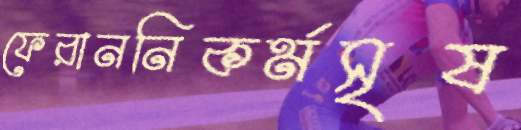
ফেরাননিকর্মসৃষ